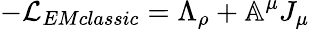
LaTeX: -\mathcal{L}_{EMclassic}=\Lambda_{\rho}+\mathbb{A}^{\mu}J_{\mu}